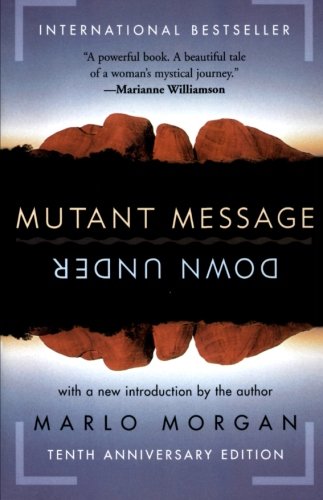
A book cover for Mutant Message Down Under, Tenth Anniversary Edition; Marlo Morgan; Literature & Fiction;